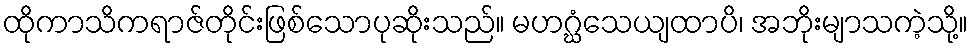
ထိုကာသိကရာဇ်တိုင်းဖြစ်သောပုဆိုးသည်။ မဟဂ္ဃံသေယျထာပိ၊ အဘိုးမျာသကဲ့သို့။